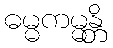
ဓမ္မကမ္မန္တိ